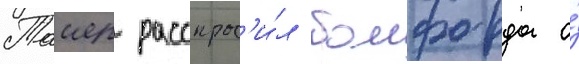
Таиер расспрос'и́л бомфорда о́